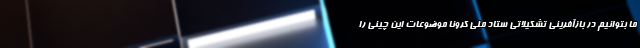
ما بتوانیم در بازآفرینی تشکیلاتی ستاد ملی کرونا موضوعات این چینی را